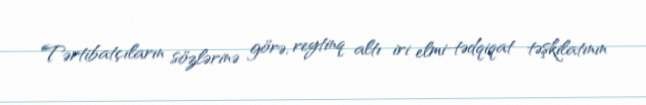
Tərtibatçıların sözlərinə görə, reytinq altı iri elmi-tədqiqat təşkilatının